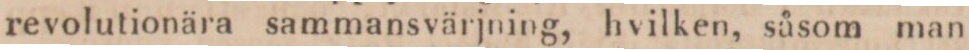
revolutionära sammansvärjning, hvilken, såsom man